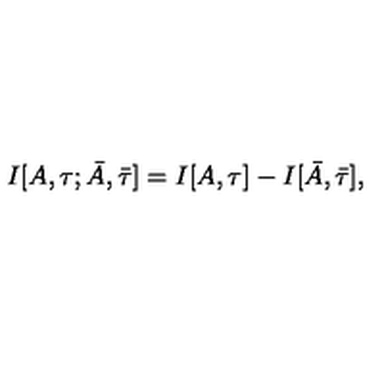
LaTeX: I [ A , \tau ; \bar { A } , \bar { \tau } ] = I [ A , \tau ] - I [ \bar { A } , \bar { \tau } ] ,